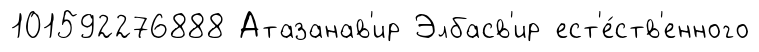
101592276888 Атазанав'ир Элбасв'ир ест'е́ств'енного